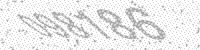
Solution: 098186